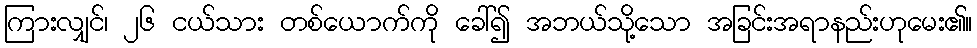
ကြားလျှင်၊ ၂၆ ငယ်သား တစ်ယောက်ကို ခေါ်၍ အဘယ်သို့သော အခြင်းအရာနည်းဟုမေး၏။